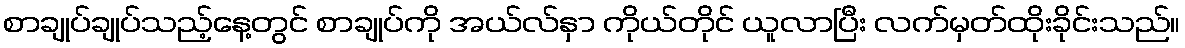
စာချုပ်ချုပ်သည့်နေ့တွင် စာချုပ်ကို အယ်လ်နှာ ကိုယ်တိုင် ယူလာပြီး လက်မှတ်ထိုးခိုင်းသည်။